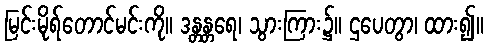
မြင်းမိုရ်တောင်မင်းကို။ ဒန္တန္တရေ၊ သွားကြား၌။ ဌပေတွာ၊ ထား၍။